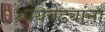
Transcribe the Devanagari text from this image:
ध्येयवेड्यांना